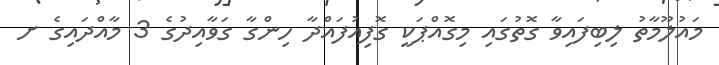
މައުލޫމާތު ލިބިފައިވާ ގޮތުގައި މިގޮއްޕަކީ ގޮފިއުފައްދާ ހިންގާ ގަވާއިދުގެ 3 މާއްދައިގެ ށ